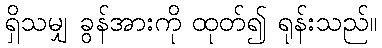
ရှိသမျှ ခွန်အားကို ထုတ်၍ ရုန်းသည်။